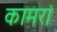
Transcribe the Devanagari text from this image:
कामरां